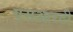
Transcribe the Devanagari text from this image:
एसआरटी